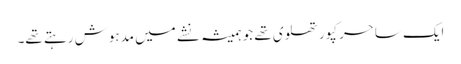
ایک ساحر کپورتھلوی تھے جو ہمیشہ نشے میں مدہوش رہتے تھے۔